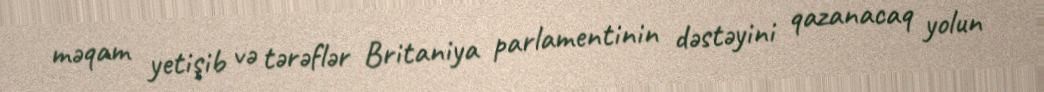
məqam yetişib və tərəflər Britaniya parlamentinin dəstəyini qazanacaq yolun